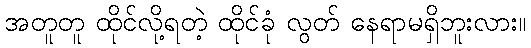
အတူတူ ထိုင်လို့ရတဲ့ ထိုင်ခုံ လွတ် နေရာမရှိဘူးလား။